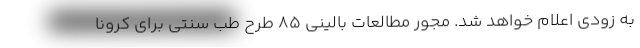
به زودی اعلام خواهد شد. مجور مطالعات بالینی ۸۵ طرح طب سنتی برای کرونا